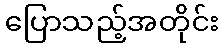
ပြောသည့်အတိုင်း